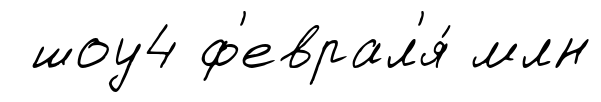
шоу4 ф'еврал'я́ млн